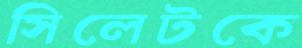
সিলেটকে